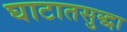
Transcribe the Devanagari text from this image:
घाटातसुद्धा